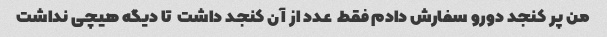
من پر کنجد دورو سفارش دادم فقط  عدد از آن کنجد داشت  تا دیگه هیچی نداشت